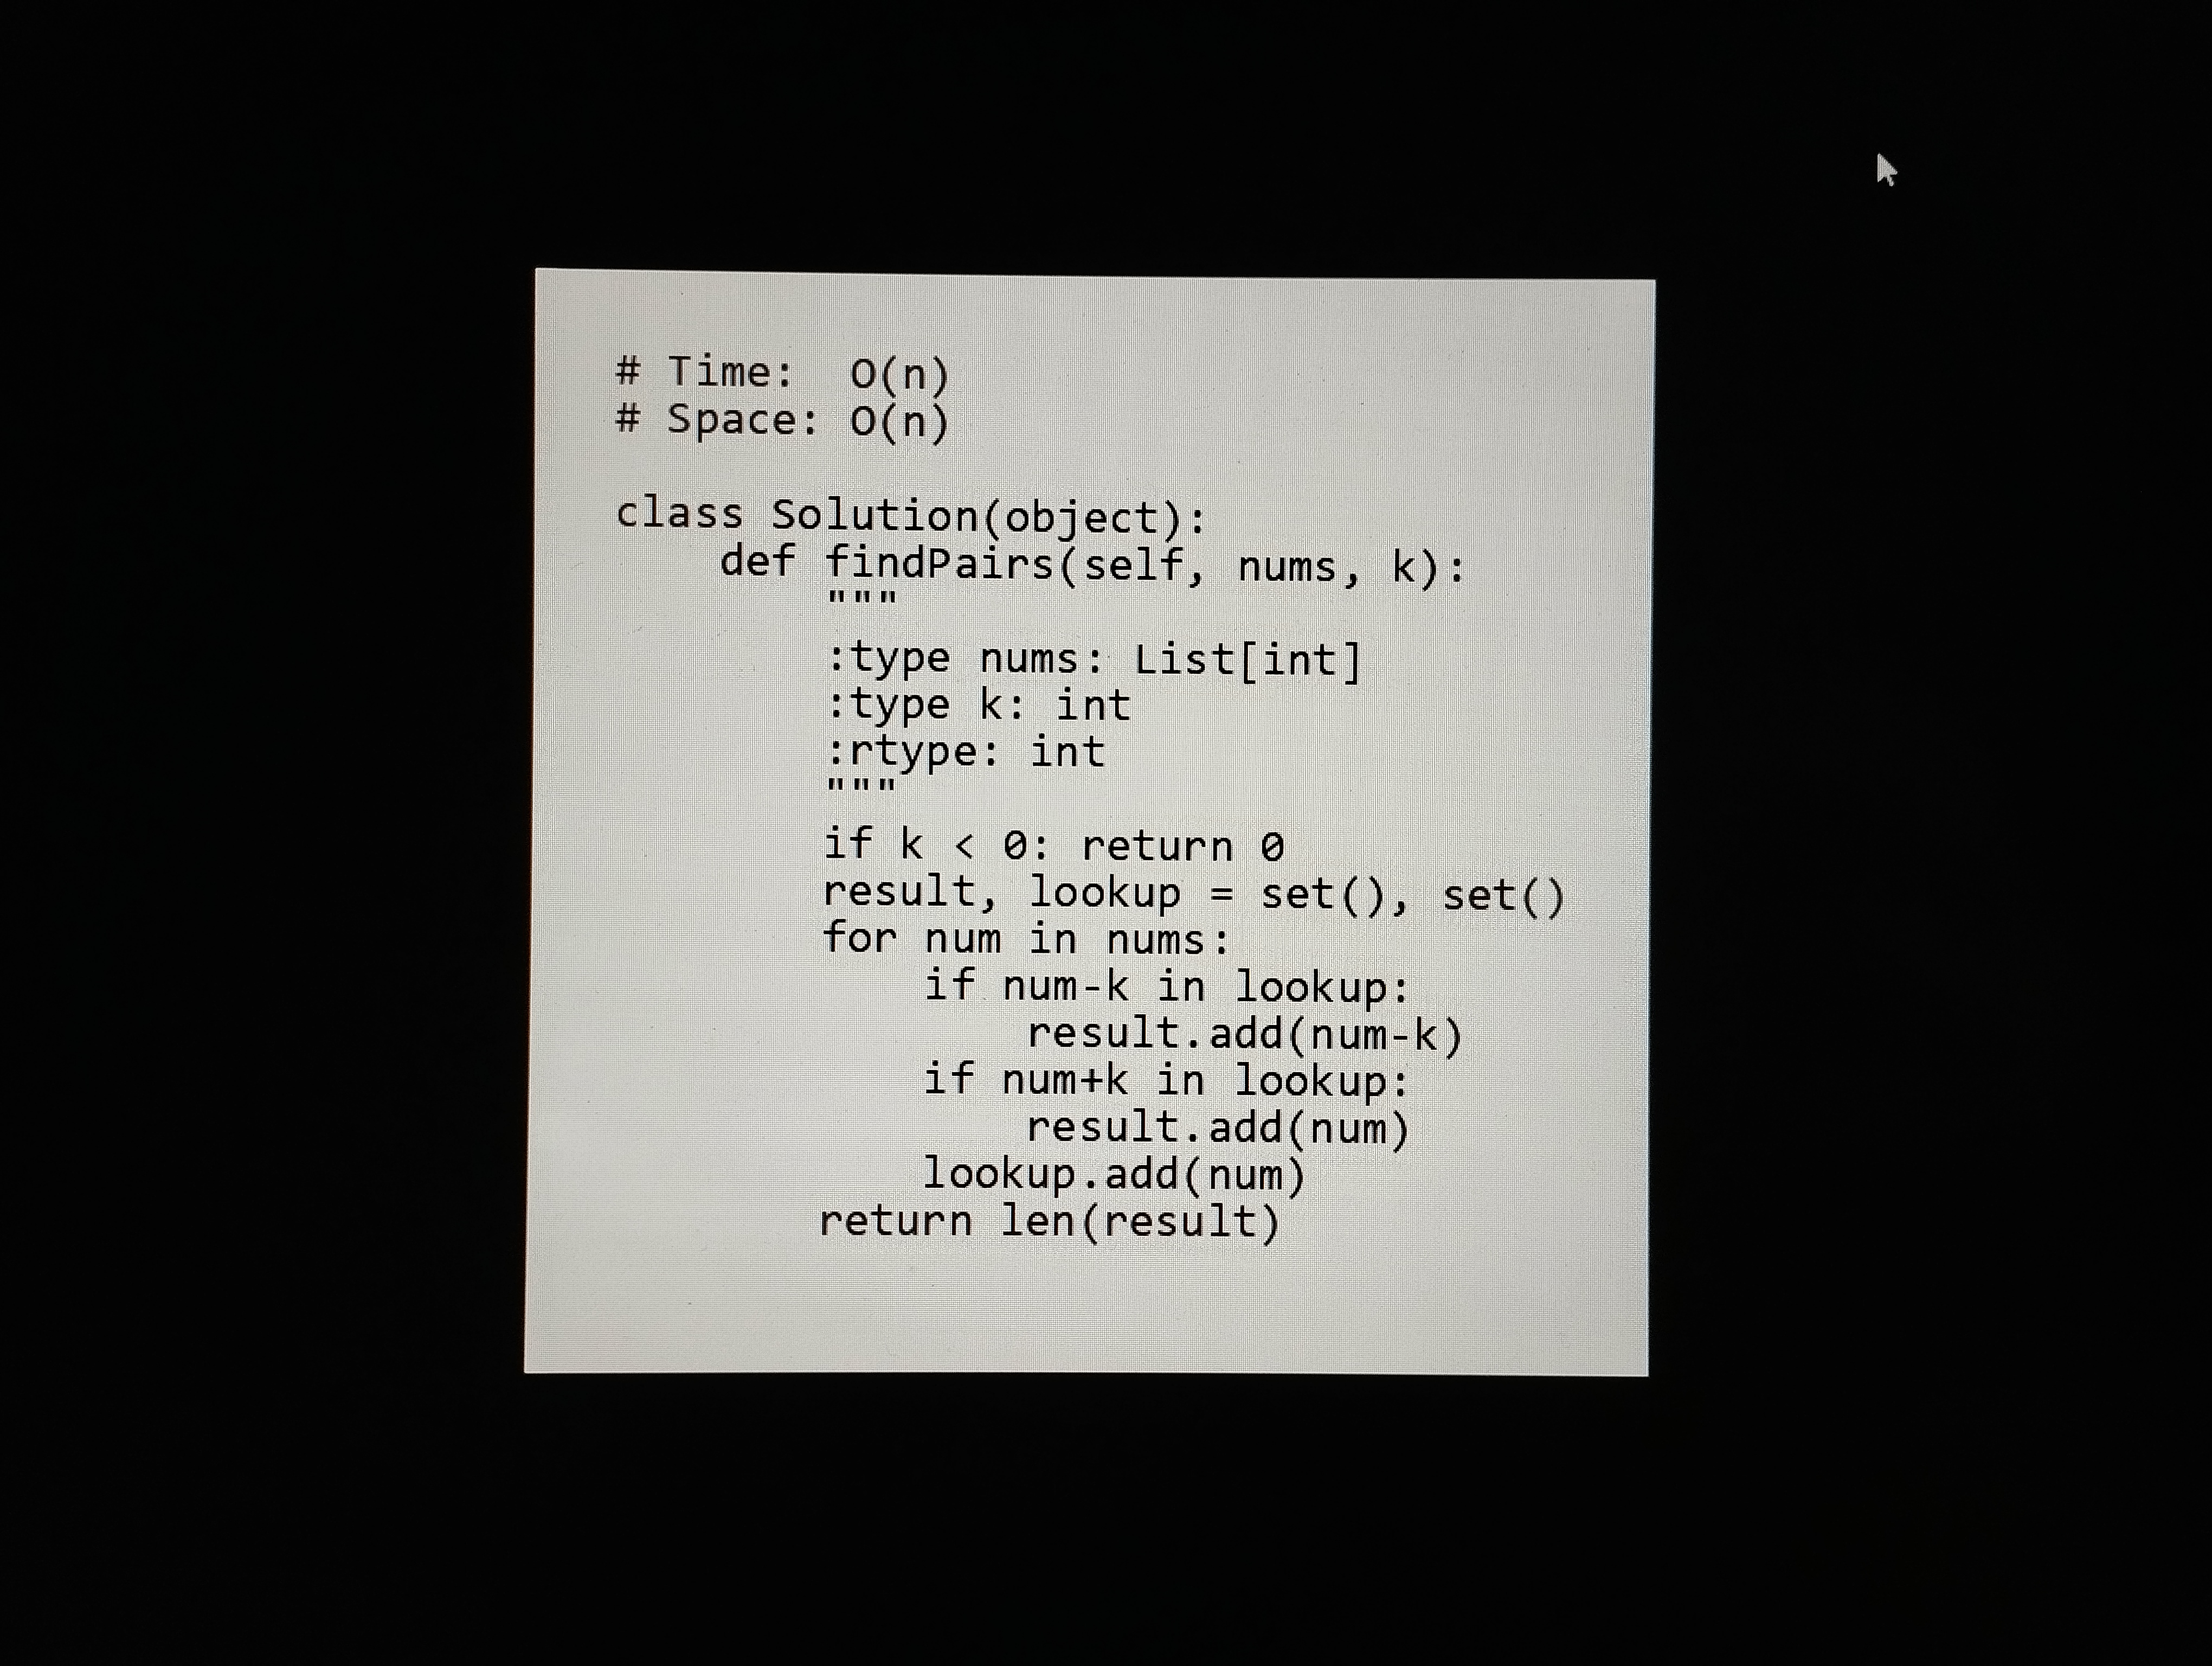
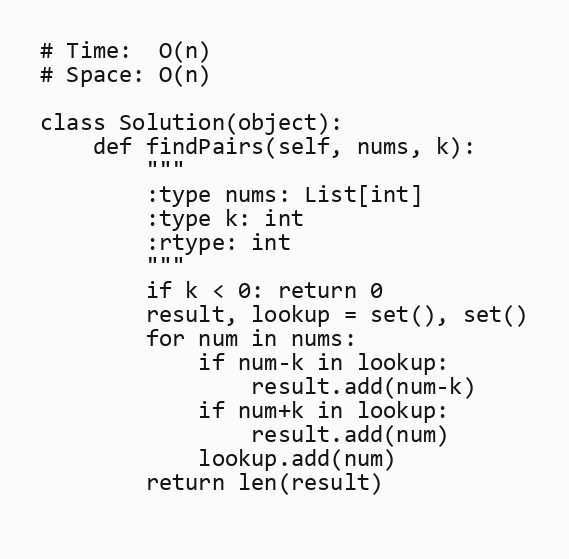
# Time:  O(n)
# Space: O(n)

class Solution(object):
    def findPairs(self, nums, k):
        """
        :type nums: List[int]
        :type k: int
        :rtype: int
        """
        if k < 0: return 0
        result, lookup = set(), set()
        for num in nums:
            if num-k in lookup:
                result.add(num-k)
            if num+k in lookup:
                result.add(num)
            lookup.add(num)
        return len(result)